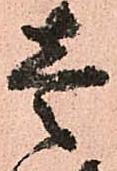
壱